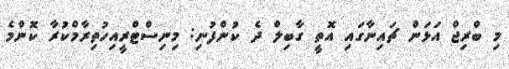
މި ބްރިޖް އަޅަން ޗައިނާގައި އޮތީ ގާބިލް ދެ ކުންފުނި: މިނިސްޓްރީއިހުތިރާމްކުރާ ކޮންމެ